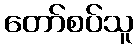
တော်စပ်သူ